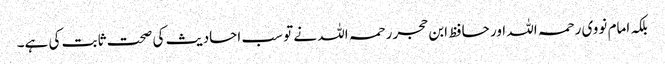
بلکہ امام نووی رحمہ اللہ اور حافظ ابن حجر رحمہ اللہ نے تو سب احادیث کی صحت ثابت کی ہے۔